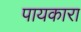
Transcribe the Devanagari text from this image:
पायकारा